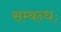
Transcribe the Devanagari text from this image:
सम्बन्धः